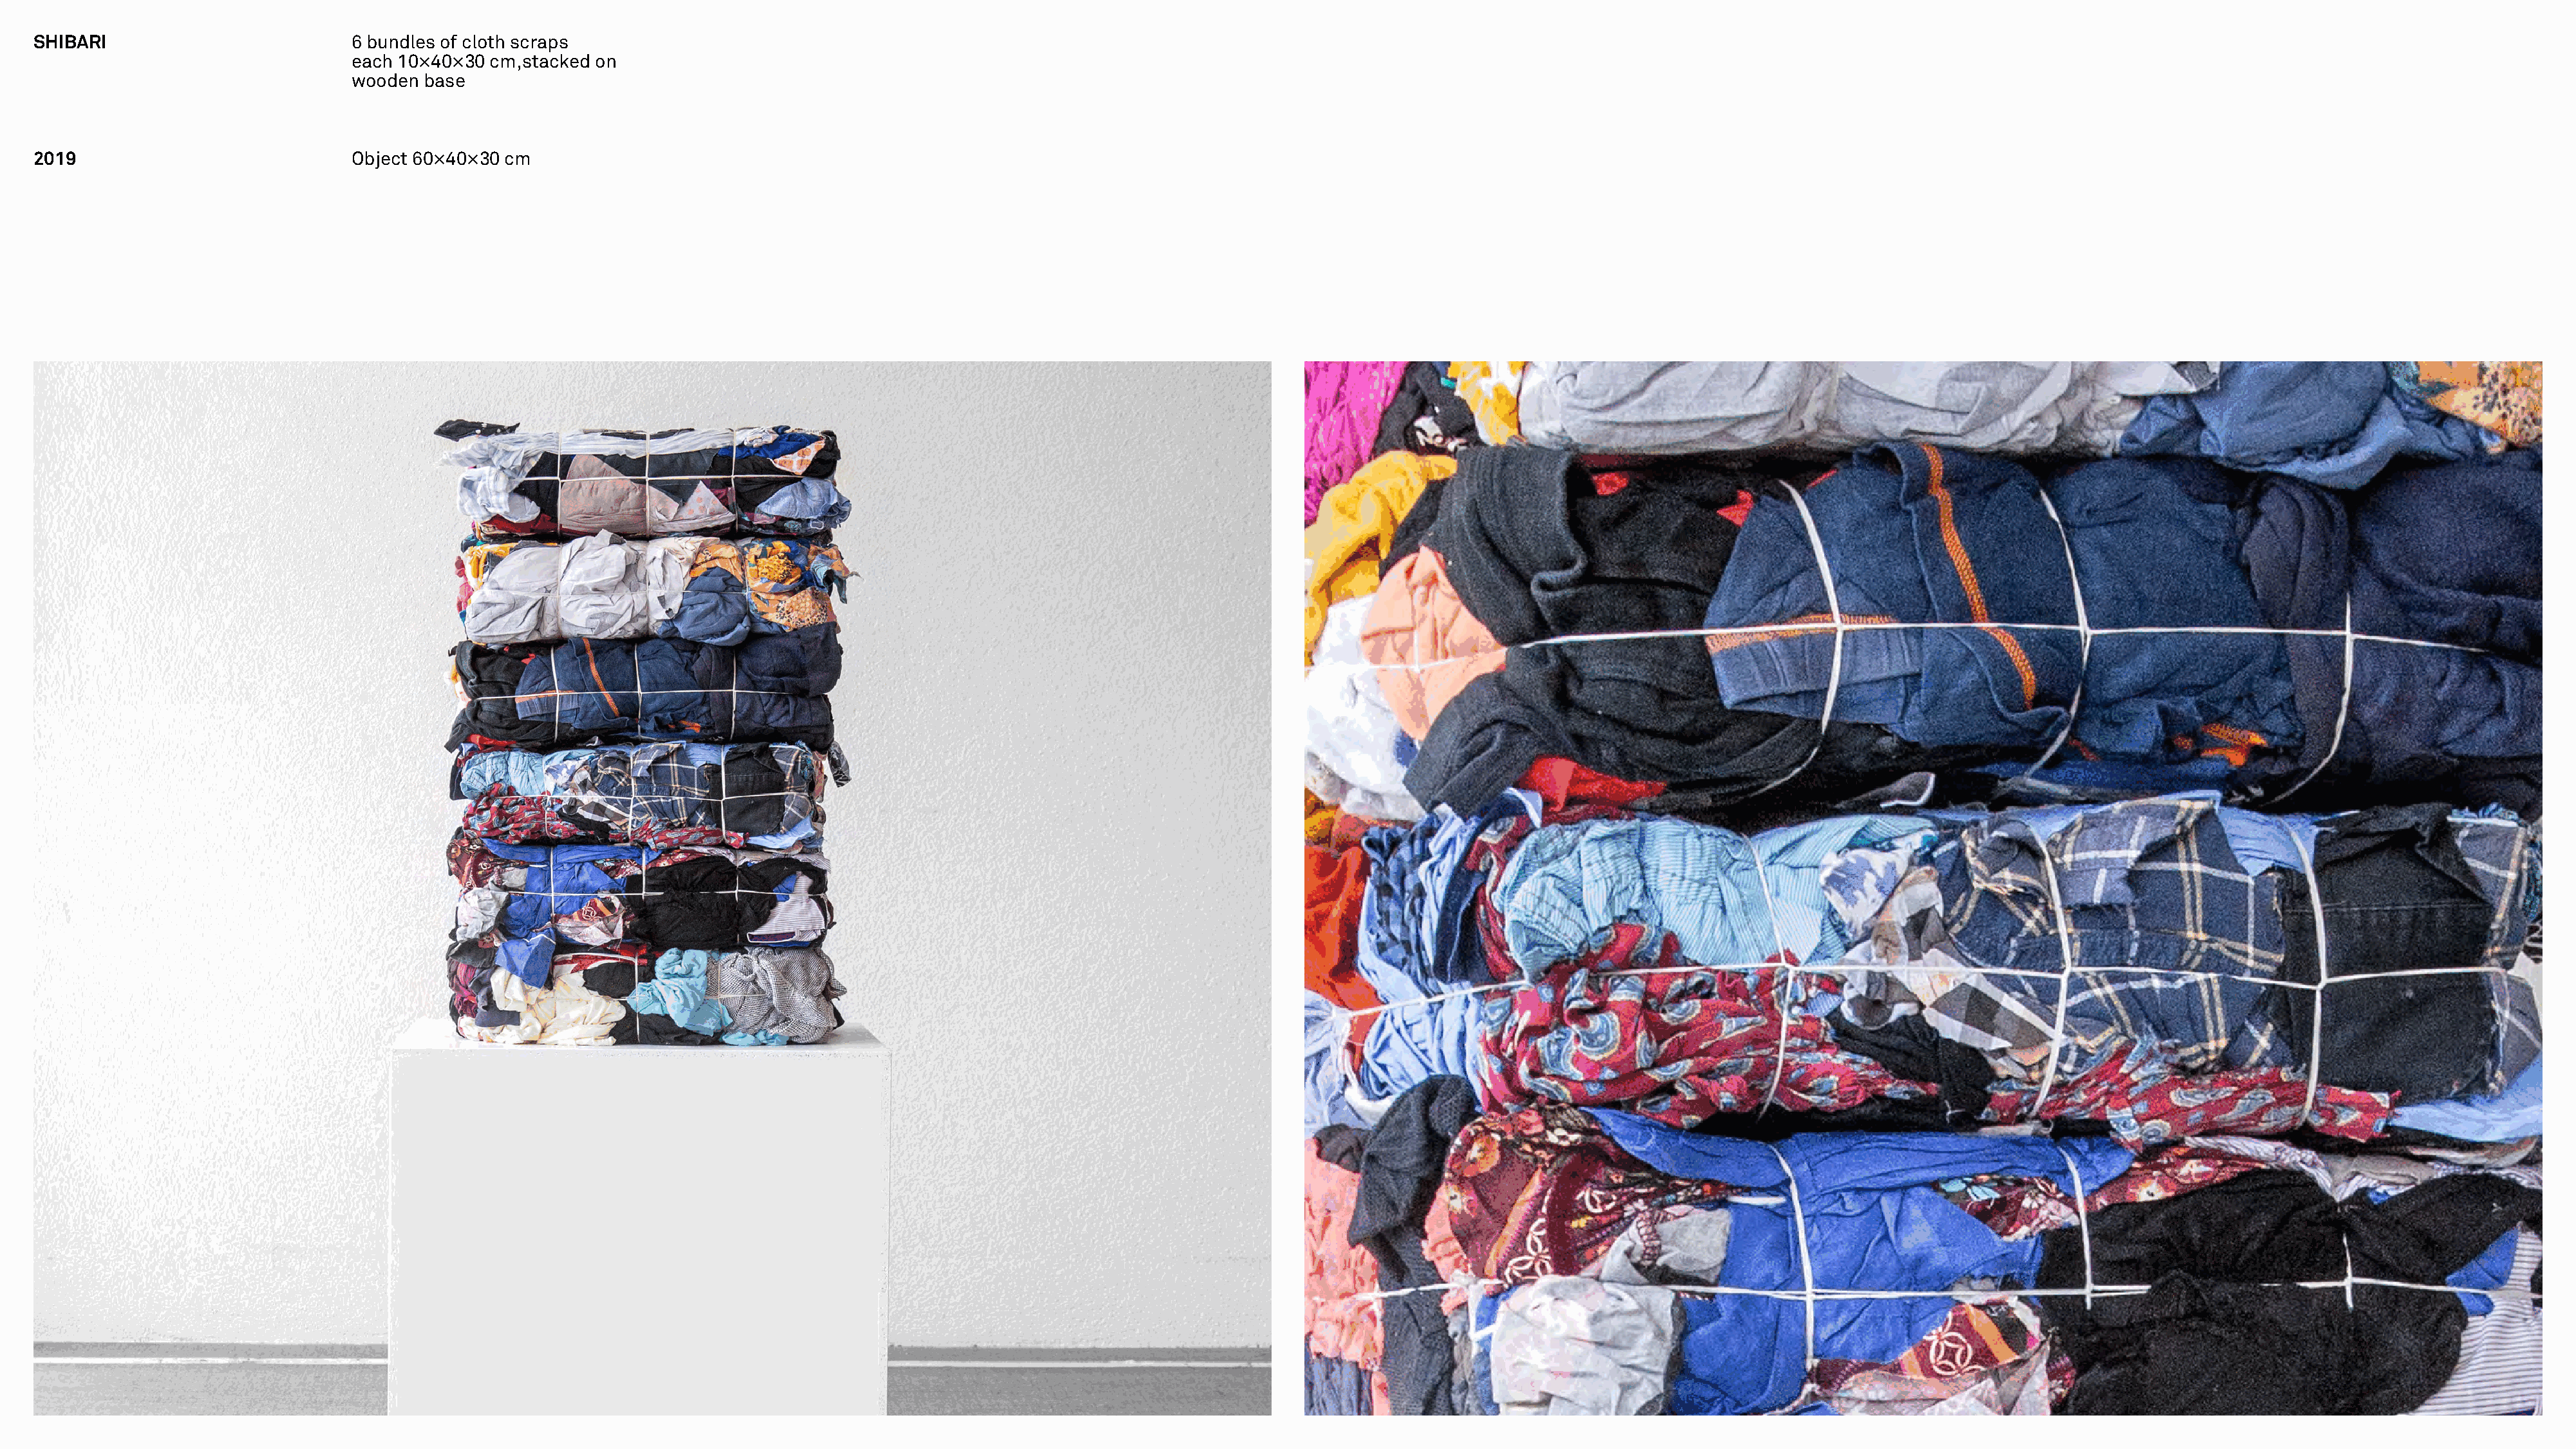
SHIBARI                          6 bundles of cloth scraps
 each 10×40×30 cm,stacked on
 wooden  base
 2019                             Object 60×40×30 cm